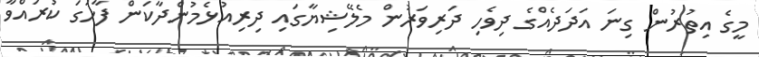
މީގެ އިތުރުން ގިނަ އަދަދެއްގެ ދިވެހި ދަރިވަރުން މެލޭޝިޔާގައި ދިރިއުޅެމުންދާކަން ފާހަގަ ކުރައްވާ